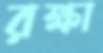
রক্ষা